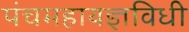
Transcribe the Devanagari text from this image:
पंचमहायज्ञविधी